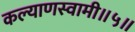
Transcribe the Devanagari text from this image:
कल्याणस्वामी॥५॥